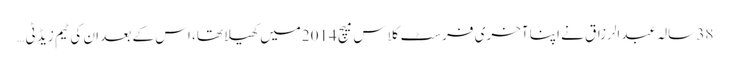
38 سالہ عبدالرزاق نے اپنا آخری فرسٹ کلاس میچ 2014میں کھیلا تھا، اس کے بعد ان کی ٹیم زیڈ ٹی …